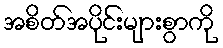
အစိတ်အပိုင်းများစွာကို